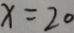
x = 2 0